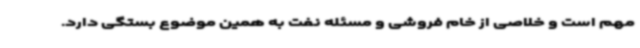
مهم است و خلاصی از خام فروشی و مسئله نفت به همین موضوع بستگی دارد.